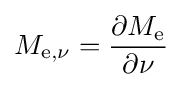
M_{\mathrm {e} ,\nu }={\frac {\partial M_{\mathrm {e} }}{\partial \nu }}